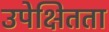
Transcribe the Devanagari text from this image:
उपेक्षितता